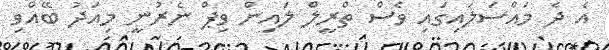
އެ ދެ މައްސަލައިގައި ވެސް ތްރީލް ލައިން ވިޕް ނެރުނީ މިއަދު ބޭއްވި